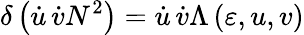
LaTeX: \delta\left(\dot{u}\, \dot{v}N^{2}\right)=\dot{u}\, \dot{v}\Lambda\left(\varepsilon,u,v\right)